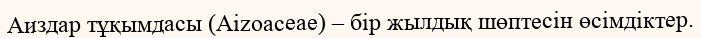
Аиздар тұқымдасы (Aіzoaceae) – бір жылдық шөптесін өсімдіктер.